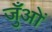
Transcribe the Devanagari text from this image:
जुँओं